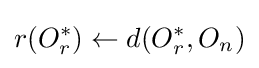
r(O_{r}^{*})\gets d(O_{r}^{*},O_{n})